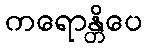
ကရောန္တိပေ